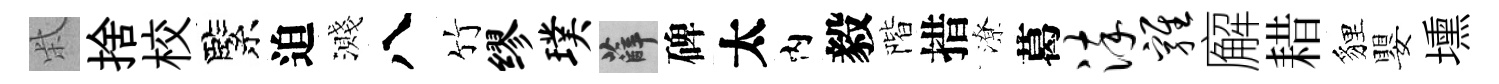
柴捨校緊迫濺八竹缪璞薛碑太内毅階措潦葛淬鸡廨耤貍嬰壎